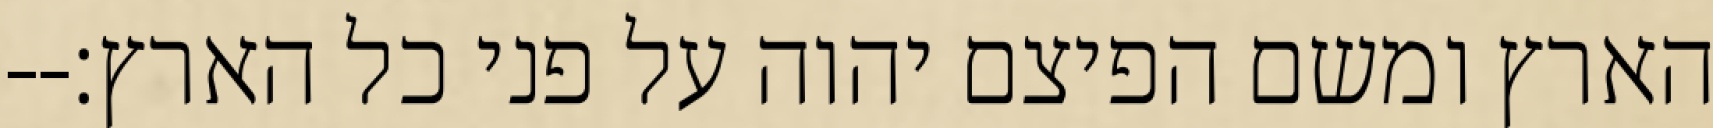
הארץ ומשם הפיצם יהוה על פני כל הארץ׃--